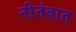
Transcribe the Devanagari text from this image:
नीतंबात